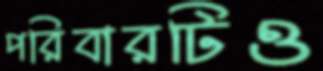
পরিবারটিও